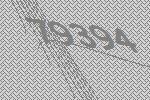
79394